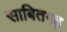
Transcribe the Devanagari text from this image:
साबितगढ़